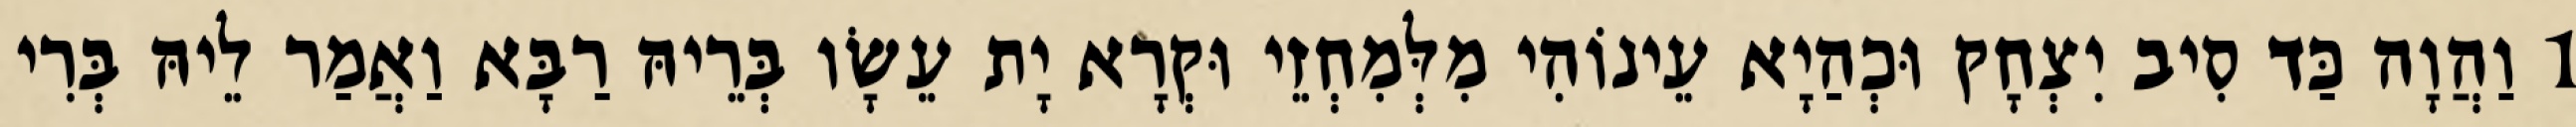
1 וַהֲוָה כַּד סִיב יִצְחָק וּכְהַיָא עֵינוֹהִי מִלְּמִחְזֵי וּקְרָא יָת עֵשָׂו בְּרֵיהּ רַבָּא וַאֲמַר לֵיהּ בְּרִי